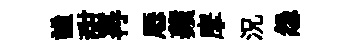
謐甜再厯蘋摩況怨